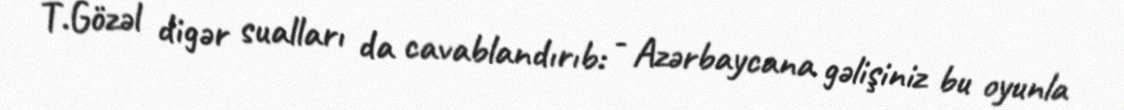
T.Gözəl digər sualları da cavablandırıb: - Azərbaycana gəlişiniz bu oyunla